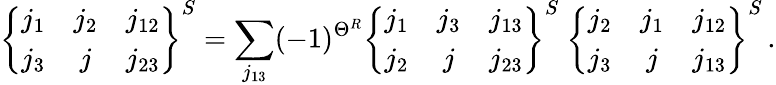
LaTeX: \left\{ \begin{array}{ccc}{{j_{1}}}&{{j_{2}}}&{{j_{12}}}\\ {{j_{3}}}&{{j}}&{{j_{23}}}\end{array}\right\} ^{S}=\sum_{j_{13}}(-1)^{\Theta^{R}}\left\{ \begin{array}{ccc}{{j_{1}}}&{{j_{3}}}&{{j_{13}}}\\ {{j_{2}}}&{{j}}&{{j_{23}}}\end{array}\right\} ^{S}~\left\{ \begin{array}{ccc}{{j_{2}}}&{{j_{1}}}&{{j_{12}}}\\ {{j_{3}}}&{{j}}&{{j_{13}}}\end{array}\right\} ^{S}\, .